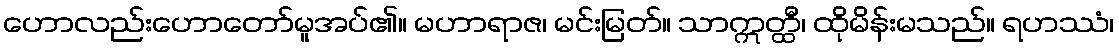
ဟောလည်းဟောတော်မူအပ်၏။ မဟာရာဇ၊ မင်းမြတ်။ သာဣတ္ထီ၊ ထိုမိန်းမသည်။ ရဟဿံ၊